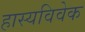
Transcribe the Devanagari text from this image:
हास्यविवेक